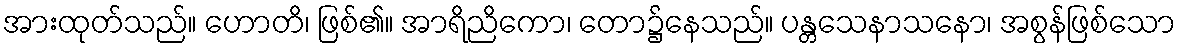
အားထုတ်သည်။ ဟောတိ၊ ဖြစ်၏။ အာရိညိကော၊ တော၌နေသည်။ ပန္တသေနာသနော၊ အစွန်ဖြစ်သော